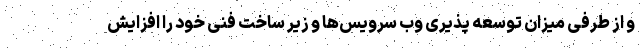
و از طرفی میزان توسعه پذیری وب سرویس‌ها و زیر ساخت فنی خود را افزایش